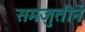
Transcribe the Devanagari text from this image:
समजुतीनें